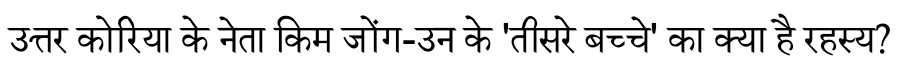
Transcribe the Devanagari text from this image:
उत्तर कोरिया के नेता किम जोंग-उन के 'तीसरे बच्चे' का क्या है रहस्य?